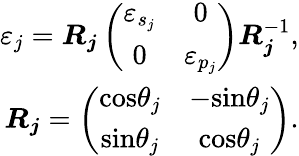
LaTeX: \begin{array}{r}{\varepsilon_{j}=\boldsymbol{R_{j}}\left(\begin{array}{cc}{\varepsilon_{s_{j}}}&{0}\\ {0}&{\varepsilon_{p_{j}}}\end{array}\right)\boldsymbol{R_{j}}^{-1},}\\ {\boldsymbol{R_{j}}=\left(\begin{array}{cc}{\textrm{cos}\theta_{j}}&{-\textrm{sin}\theta_{j}}\\ {\textrm{sin}\theta_{j}}&{\textrm{cos}\theta_{j}}\end{array}\right).}\end{array}